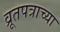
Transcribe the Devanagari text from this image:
व्रूतपत्राच्या